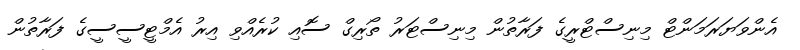
އެންވަޔަރަމަންޓް މިނިސްޓްރީގެ ފަރާތުން މިނިސްޓަރު ތޯރިގް ސޮއި ކުރެއްވި އިރު އެމްޓީސީސީގެ ފަރާތުން